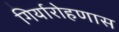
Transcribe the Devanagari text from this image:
गिर्यारोहणास